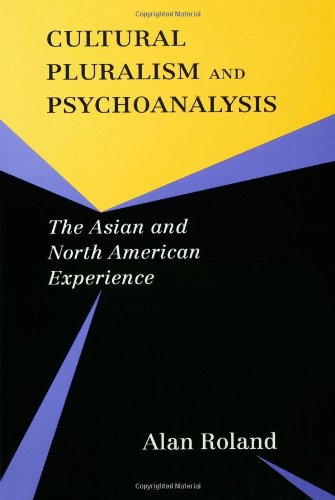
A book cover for Cultural Pluralism and Psychoanalysis: The Asian and North American Experience; Alan Roland; Medical Books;